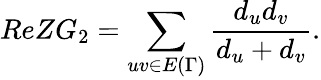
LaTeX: ReZG_{2}=\sum_{uv\in E{(\Gamma)}}\frac{d_{u}d_{v}}{d_{u}+d_{v}}.